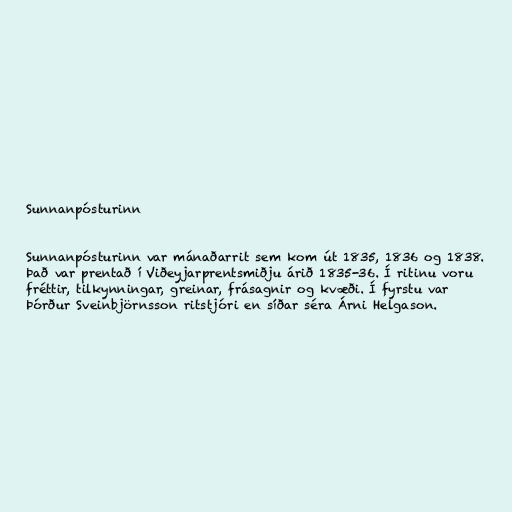
Sunnanpósturinn

Sunnanpósturinn var mánaðarrit sem kom út 1835, 1836 og 1838.
Það var prentað í Viðeyjarprentsmiðju árið 1835-36. Í ritinu voru
fréttir, tilkynningar, greinar, frásagnir og kvæði. Í fyrstu var
Þórður Sveinbjörnsson ritstjóri en síðar séra Árni Helgason.